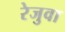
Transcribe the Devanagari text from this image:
रेजुवा